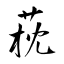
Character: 萙